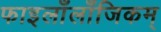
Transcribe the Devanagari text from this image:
फाइलाँलाँजिकम्